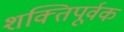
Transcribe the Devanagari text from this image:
शक्‍तिपूर्वक